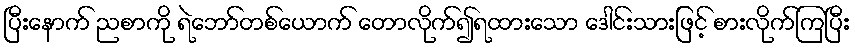
ပြီးနောက် ညစာကို ရဲဘော်တစ်ယောက် တောလိုက်၍ရထားသော ဒေါင်းသားဖြင့် စားလိုက်ကြပြီး